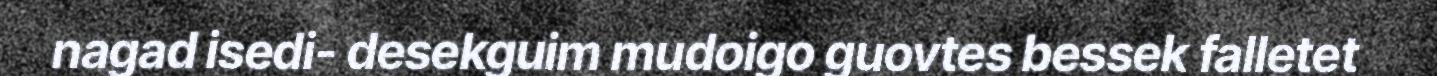
nagad isedi- desekguim mudoigo guovtes bessek falletet